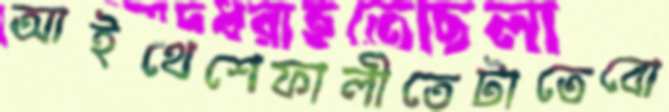
আইথেশেফালীতেটাতেবো